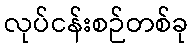
လုပ်ငန်းစဉ်တစ်ခု